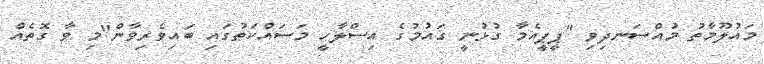
މައުލޫމާތު މުއްސަނދިވި "ޕީޕީއެމާ ގުޅުނީ ގައުމުގެ އިސްލާހީ މަސައްކަތުގައި ބައިވެރިވާން"މި ވާ ގޮތެއް